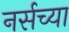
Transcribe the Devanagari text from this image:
नर्सच्या